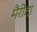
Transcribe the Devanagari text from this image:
मैरीदा